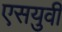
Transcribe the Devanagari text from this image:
एसयुवी